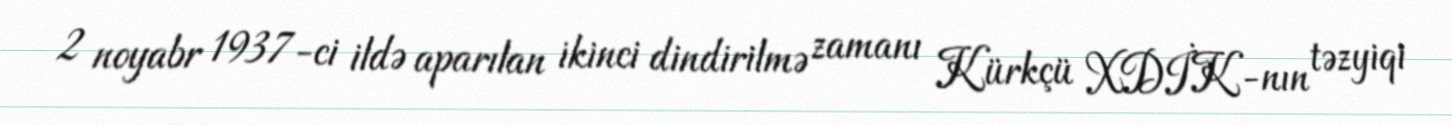
2 noyabr 1937-ci ildə aparılan ikinci dindirilmə zamanı Kürkçü XDİK-nın təzyiqi